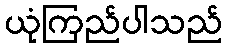
ယုံကြည်ပါသည်